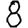
Digit: 8